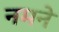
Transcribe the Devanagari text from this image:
नमने